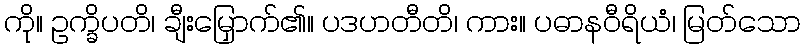
ကို။ ဥက္ခိပတိ၊ ချီးမြှောက်၏။ ပဒဟတီတိ၊ ကား။ ပဓာနဝီရိယံ၊ မြတ်သော